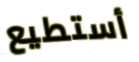
أستطيع